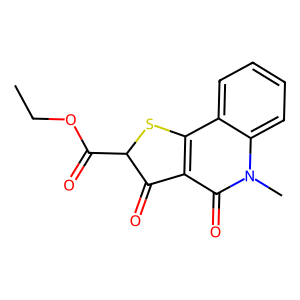
SMILES: CCOC(=O)C1Sc2c(c(=O)n(C)c3ccccc23)C1=O
Inhibits HIV replication: No